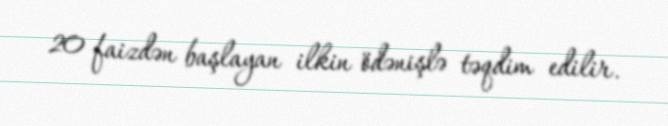
20 faizdən başlayan ilkin ödənişlə təqdim edilir.